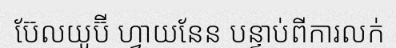
ប៊ែលយូប៊ី ហ្វាយនែន បន្ទាប់ពីការលក់